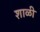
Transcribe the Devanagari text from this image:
शाळी